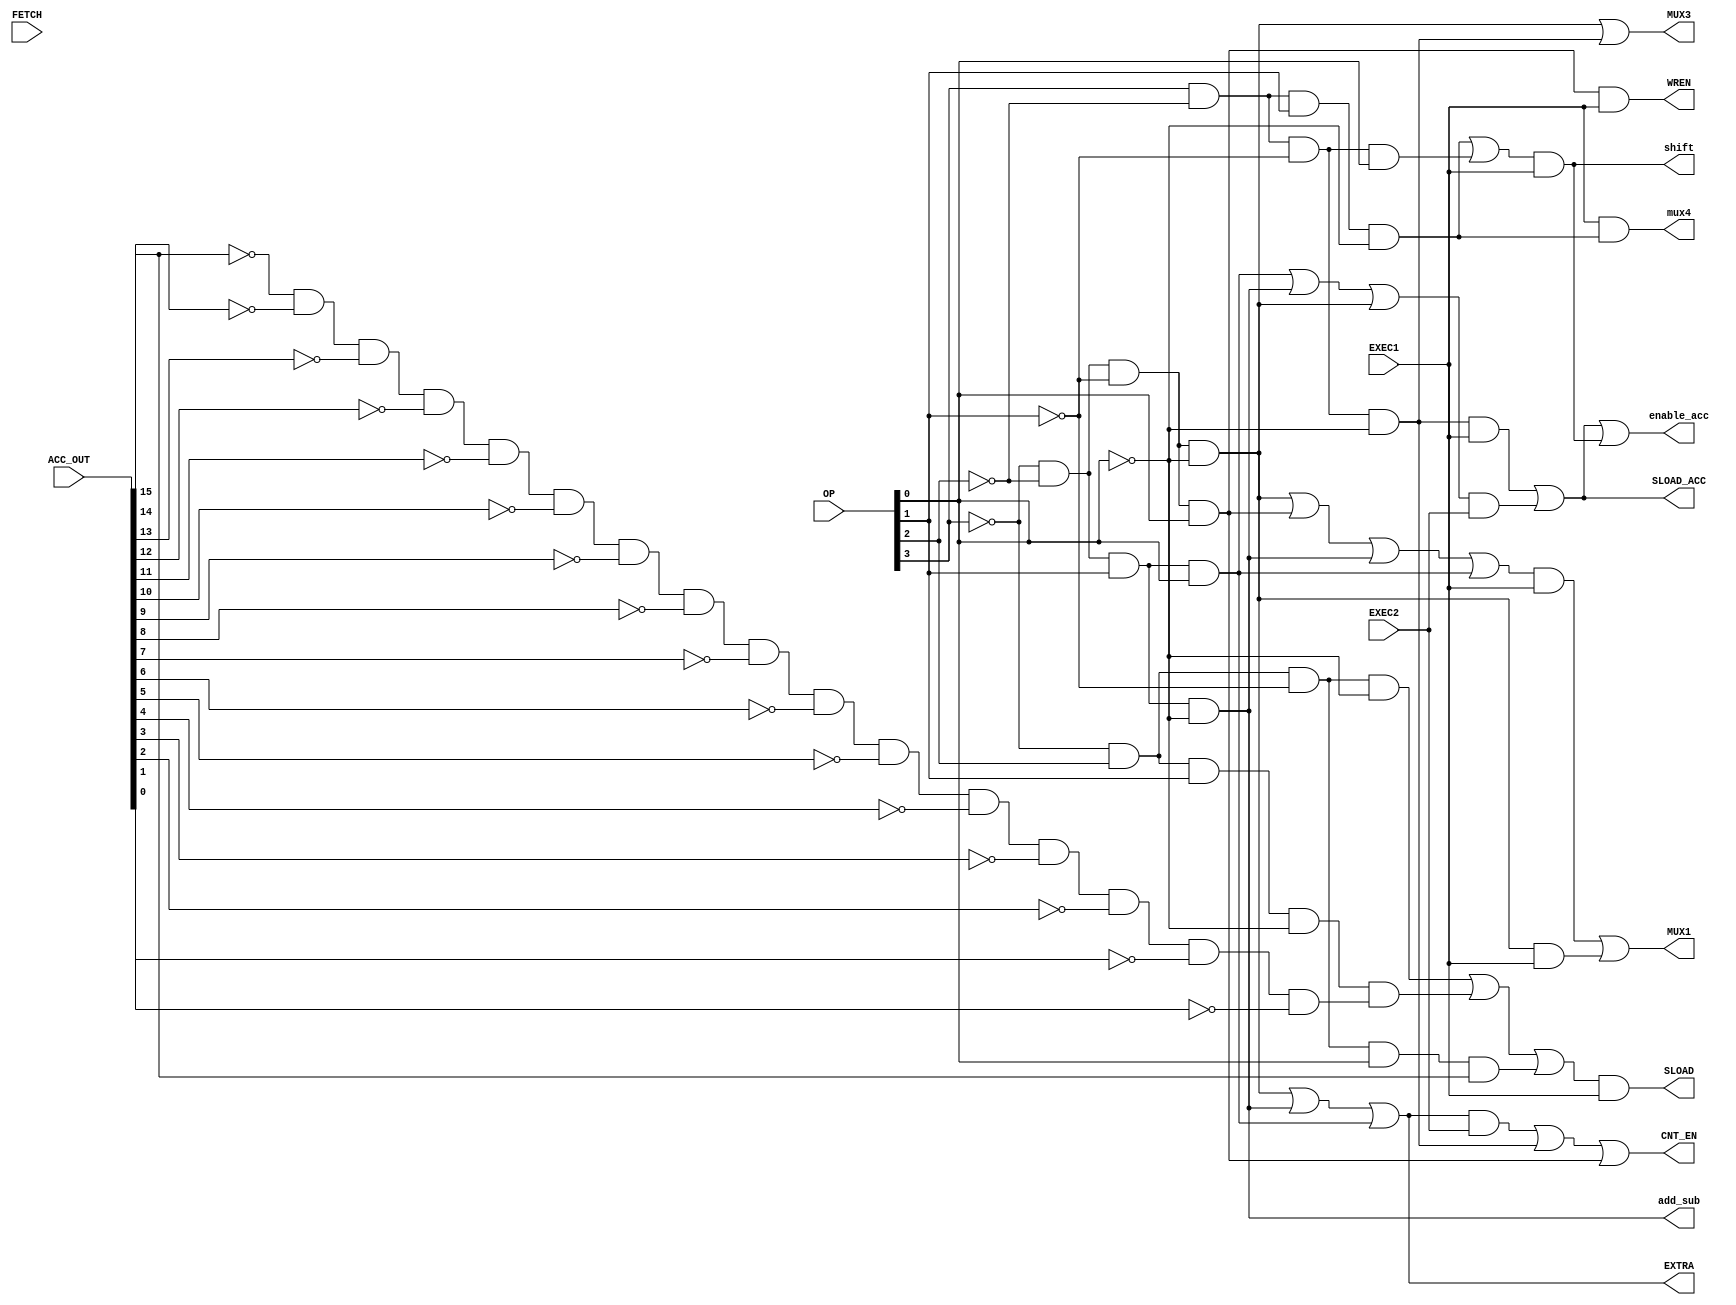
module cpu_decoder
(
	input FETCH,
	input EXEC1,
	input EXEC2,
	input [15:12] OP,
	input [15:0] ACC_OUT,
	output EXTRA,
	output MUX1,
	output MUX3,
	output SLOAD,
	output CNT_EN,
	output WREN,
	output SLOAD_ACC,
	output shift,
	output enable_acc,
	output add_sub,
	output mux4
);
	wire LDA, STA, ADD, SUB, JMP, JMI, JEQ, STP, LDI, LSL, LSR, EQ, MI;
	assign LDA = ~OP[15]&~OP[14]&~OP[13]&~OP[12]; 	// LDA 0000 0
	assign STA = ~OP[15]&~OP[14]&~OP[13]&OP[12];		// STA 0001 1
	assign ADD = ~OP[15]&~OP[14]&OP[13]&~OP[12];		// ADD 0010 2
	assign SUB = ~OP[15]&~OP[14]&OP[13]&OP[12];		// SUB 0011 3
	assign JMP = ~OP[15]&OP[14]&~OP[13]&~OP[12];		// JMP 0100 4
	assign JMI = ~OP[15]&OP[14]&~OP[13]&OP[12];		// JMI 0101 5
	assign JEQ = ~OP[15]&OP[14]&OP[13]&~OP[12];		// JEQ 0110 6
	assign STP = ~OP[15]&OP[14]&OP[13]&OP[12];		// STP 0111 7
	assign LDI = OP[15]&~OP[14]&~OP[13]&~OP[12];		// LDI 1000 8 
	assign LSL = OP[15]&~OP[14]&~OP[13]&OP[12];		// LSL 1001 9
	assign LSR = OP[15]&~OP[14]&OP[13]&~OP[12];		// LSR 1010 A
	assign EQ = ~ACC_OUT[15]&~ACC_OUT[14]&~ACC_OUT[13]&~ACC_OUT[12]&~ACC_OUT[11]&~ACC_OUT[10]&~ACC_OUT[9]&~ACC_OUT[8]&~ACC_OUT[7]&~ACC_OUT[6]&~ACC_OUT[5]&~ACC_OUT[4]&~ACC_OUT[3]&~ACC_OUT[2]&~ACC_OUT[1]&~ACC_OUT[0];
	assign MI = ACC_OUT[15];
	

	
	assign EXTRA = (LDA | ADD | SUB);
	assign MUX1 = (LDA | STA | ADD | SUB)&EXEC1 | LDA&EXEC1;
	assign MUX3 = LDA | LDI ;
	assign SLOAD = (JMP | (JEQ&EQ) | (JMI&MI))&EXEC1; 
	assign CNT_EN = (LDA | ADD | SUB)&EXEC2 |LDI | STA ;
	assign WREN = STA&EXEC1;
	assign SLOAD_ACC = (LDI)&EXEC1|(SUB|ADD|LDA)&EXEC2;
	assign add_sub = ADD;
	assign shift = (LSR|LSL)&EXEC1;
	assign enable_acc = (LDI)&EXEC1|(SUB|ADD|LDA)&EXEC2|(LSL|LSR)&EXEC1;
	assign mux4 = EXEC1&LSR;
	
endmodule